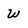
Character: w